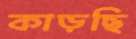
কাড়ছি